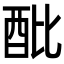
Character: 𨟵